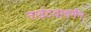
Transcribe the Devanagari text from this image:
नाईटवाचमैन